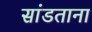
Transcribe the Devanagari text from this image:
सांडताना